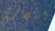
انتحاري